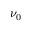
\nu _ { 0 }